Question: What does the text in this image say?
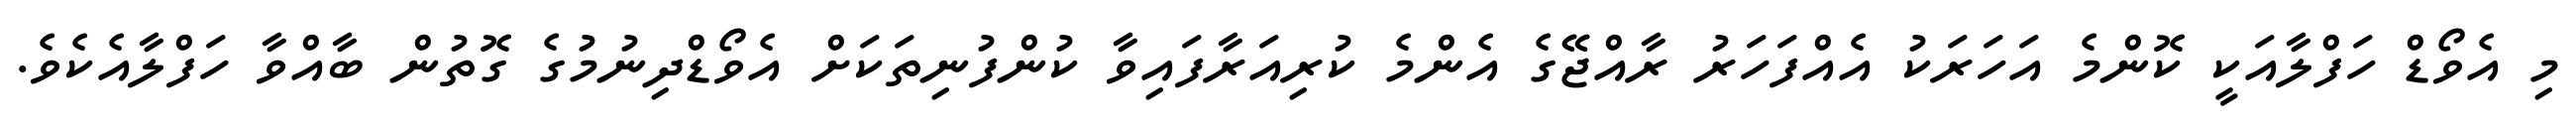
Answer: މި އެވޯޑް ހަފްލާއަކީ ކޮންމެ އަހަރަކު އެއްފަހަރު ރާއްޖޭގެ އެންމެ ކުރިއަރާފައިވާ ކުންފުނިތަކަށް އެވޯޑްދިނުމުގެ ގޮތުން ބާއްވާ ހަފްލާއެކެވެ.